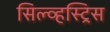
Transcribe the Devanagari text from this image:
सिल्व्हस्ट्रिस